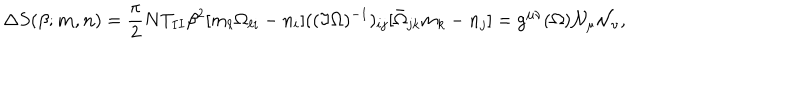
\Delta S ( \beta ; { \bf m } , { \bf n } ) = \frac { \pi } { 2 } N T _ { I I } \beta ^ { 2 } [ m _ { \ell } \Omega _ { \ell i } - n _ { i } ] ( ( \Im \Omega ) ^ { - 1 } ) _ { i j } [ \bar { \Omega } _ { j k } m _ { k } - n _ { j } ] = \mathrm { g } ^ { \mu \nu } ( \Omega ) { \cal N } _ { \mu } { \cal N } _ { \nu } ,